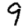
Digit: 9